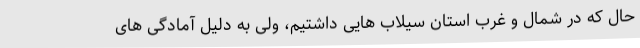
حال که در شمال و غرب استان سیلاب هایی داشتیم، ولی به دلیل آمادگی های